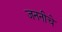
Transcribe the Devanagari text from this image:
जननीचे